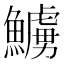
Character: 䲐